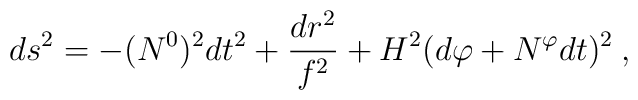
ds^2 = - (N^0)^2 dt^2            + \frac{dr^2}{f^2}            + H^2(d\varphi+N^{\varphi}dt)^2 \:,